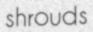
shrouds